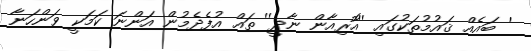
' ބައެއް ޤައުމުތަކުގައި ''އޮރިއާން ނާދީ'' ތައް އުފެދެމުން އަންނަ ކަމަކީ ވަންހަނާ